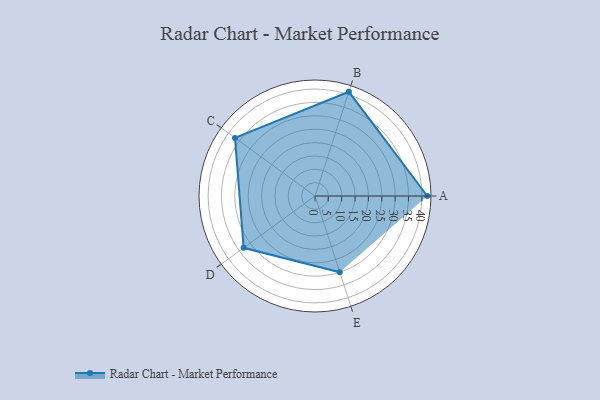
{"axis": {"x": "Skill", "y": "Score"}, "legend": ["Profile"], "data": [{"x": "A", "y": 42.0, "type": "Profile"}, {"x": "B", "y": 41.0, "type": "Profile"}, {"x": "C", "y": 37.0, "type": "Profile"}, {"x": "D", "y": 33.0, "type": "Profile"}, {"x": "E", "y": 30.0, "type": "Profile"}]}